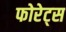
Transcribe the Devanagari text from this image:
फोरेट्स